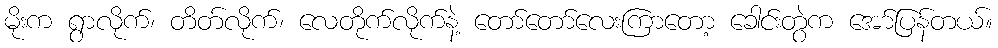
မိုးက ရွာလိုက်၊ တိတ်လိုက်၊ လေတိုက်လိုက်နဲ့ တော်တော်လေးကြာတော့ ခေါင်းတွဲက အော်ပြန်တယ်။